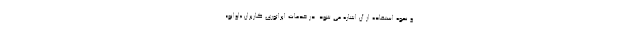
و نحوه استفاده از آن اشاره می شود. در خدمات اپراتوری کاربران «اوانو»